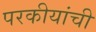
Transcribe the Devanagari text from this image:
परकीयांची